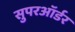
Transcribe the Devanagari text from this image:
सुपरऑर्डर